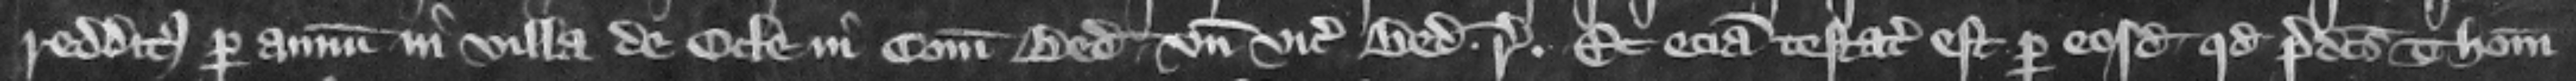
redditus per annum in villa de Ocle in comitatu Bedford. vnde vicecomes Bedford respondeat. Et eciam testatum est per eosdem quod predictus Thomas